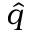
\hat { q }